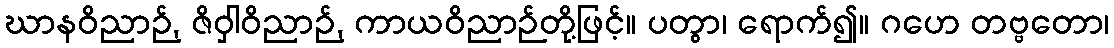
ဃာနဝိညာဉ်, ဇိဝှါဝိညာဉ်, ကာယဝိညာဉ်တို့ဖြင့်။ ပတွာ၊ ရောက်၍။ ဂဟေ တဗ္ဗတော၊